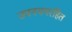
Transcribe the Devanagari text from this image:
उपनयनरहित